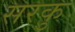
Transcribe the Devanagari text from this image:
सरकु